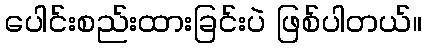
ပေါင်းစည်းထားခြင်းပဲ ဖြစ်ပါတယ်။